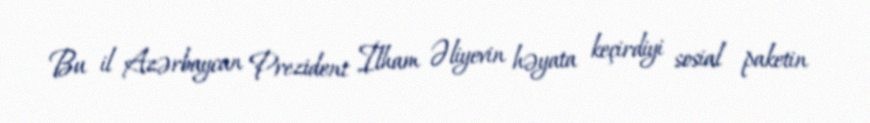
Bu il Azərbaycan Prezident İlham Əliyevin həyata keçirdiyi sosial paketin